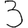
Digit: 3